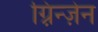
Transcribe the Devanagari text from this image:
ग़्रिन्ज़ेन